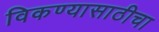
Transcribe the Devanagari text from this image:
विकण्यासाठीचा